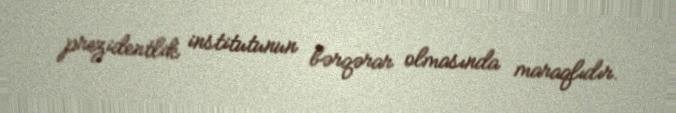
prezidentlik institutunun bərqərar olmasında maraqlıdır.